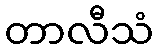
တာလီသံ